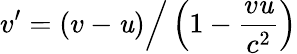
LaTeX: v^{\prime}=(v-\mathit{u}){\Big/}\left(1-{\frac{{v\mathit{u}}}{{c^{2}}}}\right)